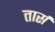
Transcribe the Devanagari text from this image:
तार्स